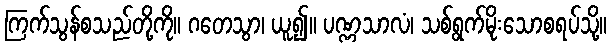
ကြက်သွန်စသည်တို့ကို။ ဂတေသွာ၊ ယူ၍။ ပဏ္ဏသာလံ၊ သစ်ရွက်မိုးသောစရပ်သို့။